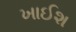
ખાઈશ